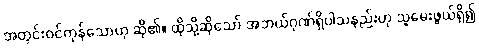
အတွင်းဝင်ကုန်သောဟု ဆို၏။ ထိုသို့ဆိုသော် အဘယ်ဂုဏ်ရှိပါသနည်းဟု သူမေးဖွယ်ရှိ၍